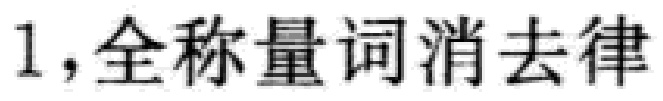
1,全称量词消去律